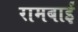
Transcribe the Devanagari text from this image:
रामबाईं